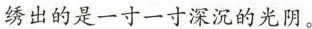
绣出的是一寸一寸深沉的光阴。